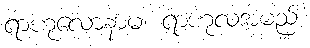
ရာဟုလောနာမ၊ ရာဟုလအမည်